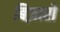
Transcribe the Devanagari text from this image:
बिज़ारो